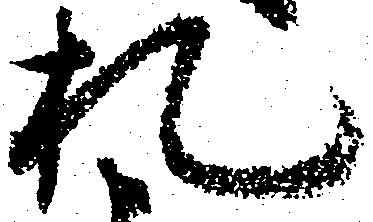
札